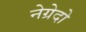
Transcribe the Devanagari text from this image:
नेग्रेदो